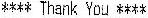
**** THANK YOU ****